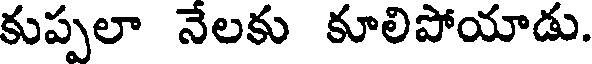
కుప్పలా నేలకు కూలిపోయాడు.